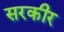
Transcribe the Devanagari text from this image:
सरकीर